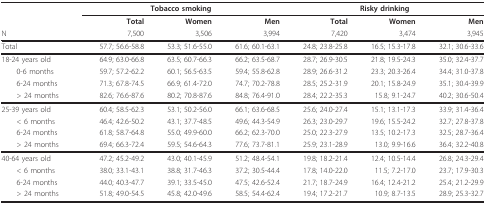
<table><thead><tr><td>[EMPTY_CELL]</td><td colspan="3"><b>Tobacco smoking</b></td><td colspan="3"><b>Risky drinking</b></td></tr><tr><td>[EMPTY_CELL]</td><td><b>Total</b></td><td><b>Women</b></td><td><b>Men</b></td><td><b>Total</b></td><td><b>Women</b></td><td><b>Men</b></td></tr><tr><td><b>N</b></td><td><b>7,500</b></td><td><b>3,506</b></td><td><b>3,994</b></td><td><b>7,420</b></td><td><b>3,474</b></td><td><b>3,945</b></td></tr></thead><tbody><tr><td>Total</td><td>57.7; 56.6-58.8</td><td>53.3; 51.6-55.0</td><td>61.6; 60.1-63.1</td><td>24.8; 23.8-25.8</td><td>16.5; 15.3-17.8</td><td>32.1; 30.6-33.6</td></tr><tr><td>18-24 years old</td><td>64.9; 63.0-66.8</td><td>63.5; 60.7-66.3</td><td>66.2; 63.5-68.7</td><td>28.7; 26.9-30.5</td><td>21.8; 19.5-24.3</td><td>35.0; 32.4-37.7</td></tr><tr><td> 0-6 months</td><td>59.7; 57.2-62.2</td><td>60.1; 56.5-63.5</td><td>59.4; 55.8-62.8</td><td>28.9; 26.6-31.2</td><td>23.3; 20.3-26.4</td><td>34.4; 31.0-37.8</td></tr><tr><td> 6-24 months</td><td>71.3; 67.8-74.5</td><td>66.9; 61.4-72.0</td><td>74.7; 70.2-78.8</td><td>28.5; 25.2-31.9</td><td>20.1; 15.8-24.9</td><td>35.1; 30.4-39.9</td></tr><tr><td> &gt; 24 months</td><td>82.6; 76.6-87.6</td><td>80.2; 70.8-87.6</td><td>84.8; 76.4-91.0</td><td>28.4; 22.2-35.3</td><td>15.8; 9.1-24.7</td><td>40.2; 30.6-50.4</td></tr><tr><td>25-39 years old</td><td>60.4; 58.5-62.3</td><td>53.1; 50.2-56.0</td><td>66.1; 63.6-68.5</td><td>25.6; 24.0-27.4</td><td>15.1; 13.1-17.3</td><td>33.9; 31.4-36.4</td></tr><tr><td> &lt; 6 months</td><td>46.4; 42.6-50.2</td><td>43.1; 37.7-48.5</td><td>49.6; 44.3-54.9</td><td>26.3; 23.0-29.7</td><td>19.6; 15.5-24.2</td><td>32.7; 27.8-37.8</td></tr><tr><td> 6-24 months</td><td>61.8; 58.7-64.8</td><td>55.0; 49.9-60.0</td><td>66.2; 62.3-70.0</td><td>25.0; 22.3-27.9</td><td>13.5; 10.2-17.3</td><td>32.5; 28.7-36.4</td></tr><tr><td> &gt; 24 months</td><td>69.4; 66.3-72.4</td><td>59.5; 54.6-64.3</td><td>77.6; 73.7-81.1</td><td>25.9; 23.1-28.9</td><td>13.0; 9.9-16.6</td><td>36.4; 32.2-40.8</td></tr><tr><td>40-64 years old</td><td>47.2; 45.2-49.2</td><td>43.0; 40.1-45.9</td><td>51.2; 48.4-54.1</td><td>19.8; 18.2-21.4</td><td>12.4; 10.5-14.4</td><td>26.8; 24.3-29.4</td></tr><tr><td> &lt; 6 months</td><td>38.0; 33.1-43.1</td><td>38.8; 31.7-46.3</td><td>37.2; 30.5-44.4</td><td>17.8; 14.0-22.0</td><td>11.5; 7.2-17.0</td><td>23.7; 17.9-30.3</td></tr><tr><td> 6-24 months</td><td>44.0; 40.3-47.7</td><td>39.1; 33.5-45.0</td><td>47.5; 42.6-52.4</td><td>21.7; 18.7-24.9</td><td>16.4; 12.4-21.2</td><td>25.4; 21.2-29.9</td></tr><tr><td> &gt; 24 months</td><td>51.8; 49.0-54.5</td><td>45.8; 42.0-49.6</td><td>58.5; 54.4-62.4</td><td>19.4; 17.2-21.7</td><td>10.9; 8.7-13.5</td><td>28.9; 25.3-32.7</td></tr></tbody></table>